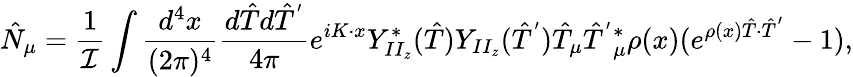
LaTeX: \hat{N}_{\mu}=\frac{1}{\cal{I}}\int\frac{d^{4}x}{(2\pi)^{4}}\frac{d\hat{T}d\hat{T}^{'}}{4\pi}e^{iK\cdot x}Y_{II_{z}}^{*}(\hat{T})Y_{II_{z}}(\hat{T}^{'})\hat{T}_{\mu}\hat{T}^{'}{}_{\mu}^{*}\rho(x)(e^{\rho(x)\hat{T}\cdot\hat{T}^{'}}-1),